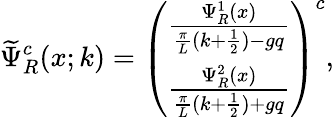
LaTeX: \widetilde{\Psi}_{R}^{c}(x;k)=\left(\begin{array}{c}{{\frac{\Psi_{R}^{1}(x)}{\frac{\pi}{L}(k+\frac{1}{2})-gq}}}\\ {{\frac{\Psi_{R}^{2}(x)}{\frac{\pi}{L}(k+\frac{1}{2})+gq}}}\end{array}\right)^{c},